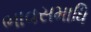
ભાવસમાધિ